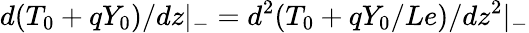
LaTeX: d(T_{0}+qY_{0})/dz|_{-}=d^{2}(T_{0}+qY_{0}/Le)/dz^{2}|_{-}